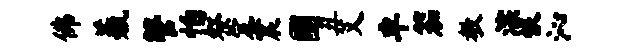
佛羲管怕祭定震圃丑艾卓笳教淙恨沁